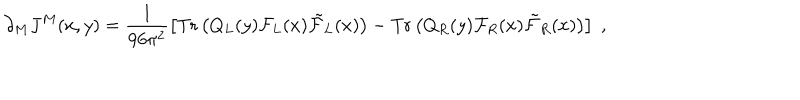
\partial _ { M } J ^ { M } ( x , y ) = \frac { 1 } { 9 6 \pi ^ { 2 } } \left[ \mathrm { T r } \left( Q _ { L } ( y ) { \cal F } _ { L } ( x ) \tilde { \cal F } _ { L } ( x ) \right) - \mathrm { T r } \left( Q _ { R } ( y ) { \cal F } _ { R } ( x ) \tilde { \cal F } _ { R } ( x ) \right) \right] \; ,